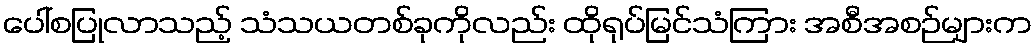
ပေါ်စပြုလာသည့် သံသယတစ်ခုကိုလည်း ထိုရုပ်မြင်သံကြား အစီအစဉ်များက